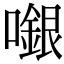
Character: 𡁬